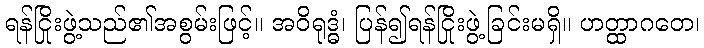
ရန်ငြိုးဖွဲ့သည်၏အစွမ်းဖြင့်။ အဝိရုဒ္ဓံ၊ ပြန်၍ရန်ငြိုးဖွဲ့ခြင်းမရှိ။ ဟတ္ထာဂတေ၊